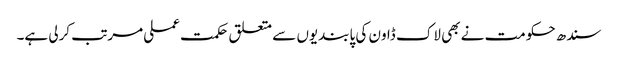
سندھ حکومت نے بھی لاک ڈاون کی پابندیوں سے متعلق حکمت عملی مرتب کرلی ہے۔